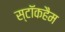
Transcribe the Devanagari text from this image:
स्टॉकहैम